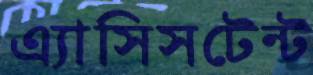
এ্যাসিসটেন্ট